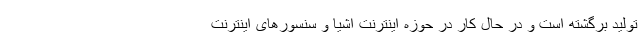
تولید برگشته است و در حال کار در حوزه اینترنت اشیا و سنسورهای اینترنت